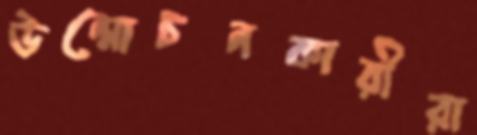
উন্মোচনকারীরা